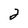
Character: 2